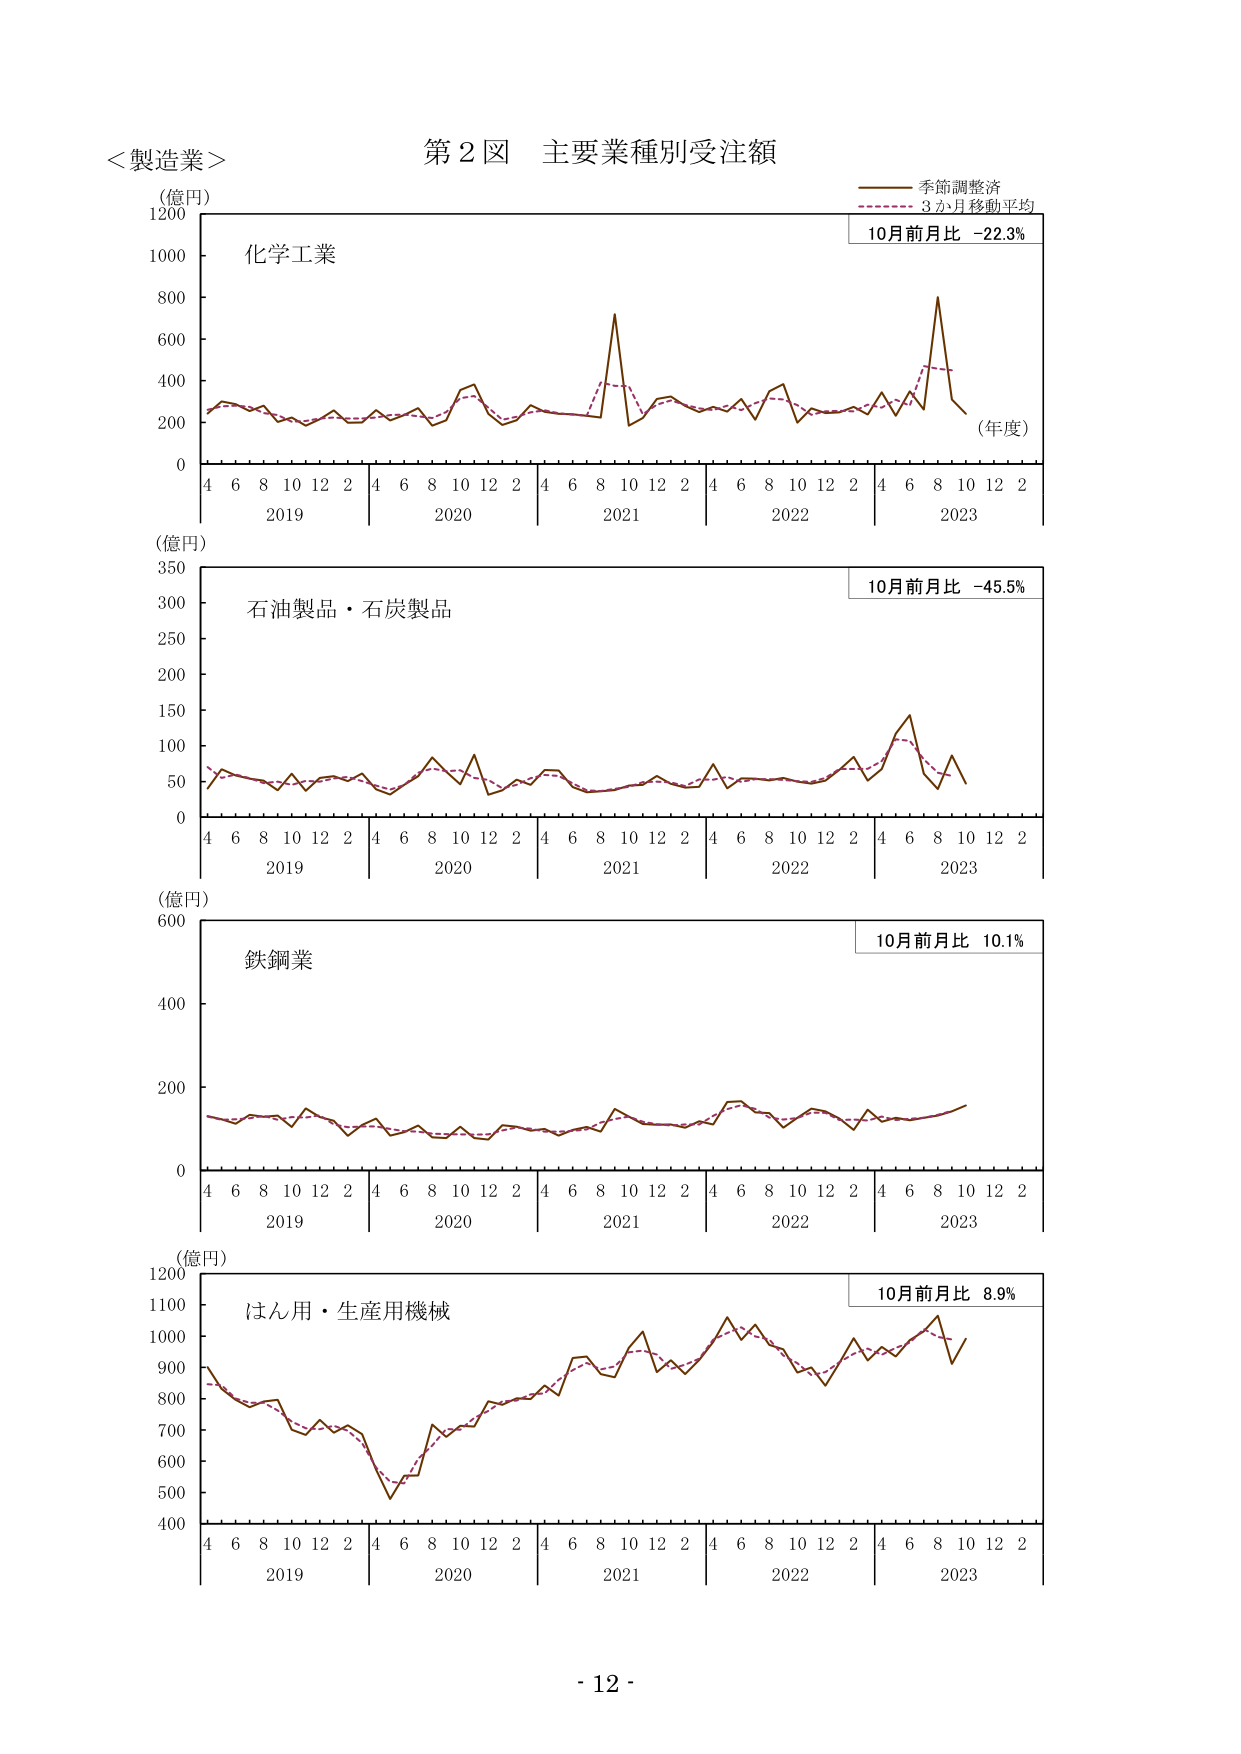
＜製造業＞
第２図 主要業種別受注額
（億円）
化学工業
季節調整済
3か月移動平均
10月前月比 -22.3%
（年度）
4 6 8 10 12 2 4 6 8 10 12 2 4 6 8 10 12 2 4 6 8 10 12 2 4 6 8 10 12 2
2019 2020 2021 2022 2023
（億円）
石油製品・石炭製品
10月前月比 -45.5%
4 6 8 10 12 2 4 6 8 10 12 2 4 6 8 10 12 2 4 6 8 10 12 2 4 6 8 10 12 2
2019 2020 2021 2022 2023
（億円）
鉄鋼業
10月前月比 10.1%
4 6 8 10 12 2 4 6 8 10 12 2 4 6 8 10 12 2 4 6 8 10 12 2 4 6 8 10 12 2
2019 2020 2021 2022 2023
（億円）
はん用・生産用機械
10月前月比 8.9%
4 6 8 10 12 2 4 6 8 10 12 2 4 6 8 10 12 2 4 6 8 10 12 2 4 6 8 10 12 2
2019 2020 2021 2022 2023
- 12 -